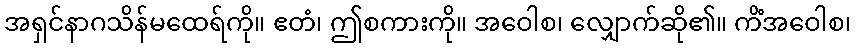
အရှင်နာဂသိန်မထေရ်ကို။ ဧတံ၊ ဤစကားကို။ အဝေါစ၊ လျှောက်ဆို၏။ ကိံအဝေါစ၊